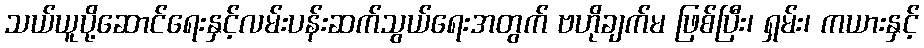
သယ်ယူပို့ဆောင်ရေးနှင့်လမ်းပန်းဆက်သွယ်ရေးအတွက် ဗဟိုချက်မ ဖြစ်ပြီး၊ ရှမ်း၊ ကယားနှင့်